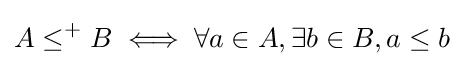
A\leq ^{+}B\iff \forall a\in A,\exists b\in B,a\leq b